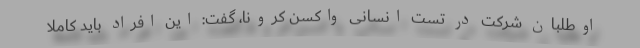
اوطلبان شرکت در تست انسانی واکسن کرونا، گفت: این افراد باید کاملا